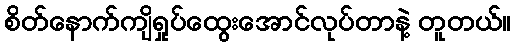
စိတ်နောက်ကျိရှုပ်ထွေးအောင်လုပ်တာနဲ့ တူတယ်။